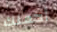
أحملك